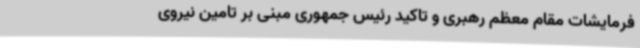
فرمایشات مقام معظم رهبری و تاکید رئیس جمهوری مبنی بر تامین نیروی